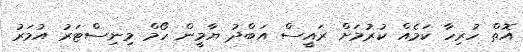
އޮތް ހުރިހާ ކަމެއް ކުރުމަށް ރައީސް އަބްދު ޔާމީން ހޯމް މިނިސްޓަރު އުމަރު